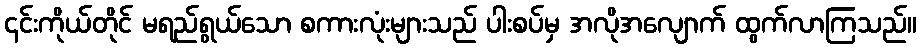
၎င်းကိုယ်တိုင် မရည်ရွယ်သော စကားလုံးများသည် ပါးစပ်မှ အလိုအလျောက် ထွက်လာကြသည်။